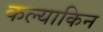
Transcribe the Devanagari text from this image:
कल्याकिन